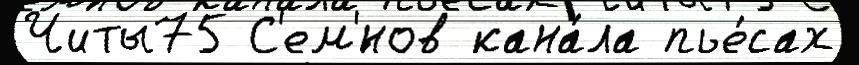
Читы75 С'ем'́нов кана́ла пье́сах